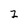
Character: Z